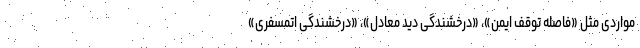
مواردی مثل «فاصله توقف ایمن»، «درخشندگی دید معادل»، «درخشندگی اتمسفری»